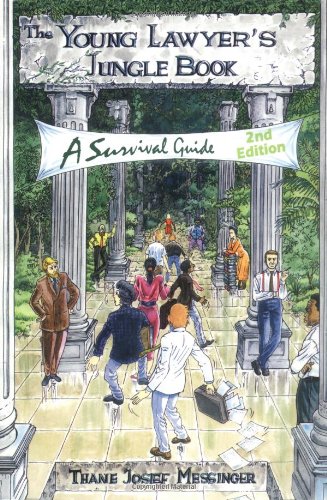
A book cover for The Young Lawyer's Jungle Book: A Survival Guide; Thane Josef Messinger; Humor & Entertainment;